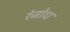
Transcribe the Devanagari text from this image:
रंजोध